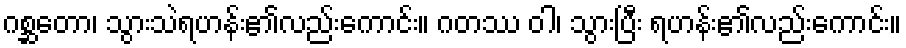
ဂစ္ဆတော၊ သွားသဲရဟန်း၏လည်းကောင်း။ ဂတဿ ဝါ၊ သွားပြီး ရဟန်း၏လည်းကောင်း။